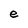
Character: e